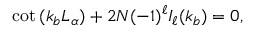
\cot { ( k _ { b } L _ { \alpha } ) } + 2 N ( - 1 ) ^ { \ell } I _ { \ell } ( k _ { b } ) = 0 ,